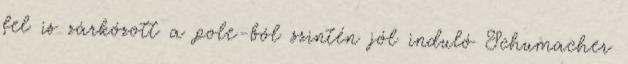
fel is zárkózott a pole-ból szintén jól induló Schumacher